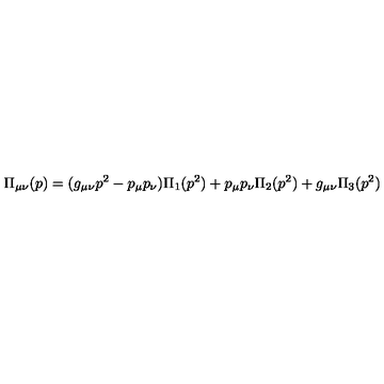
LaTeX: \Pi _ { \mu \nu } ( p ) = ( g _ { \mu \nu } p ^ { 2 } - p _ { \mu } p _ { \nu } ) \Pi _ { 1 } ( p ^ { 2 } ) + p _ { \mu } p _ { \nu } \Pi _ { 2 } ( p ^ { 2 } ) + g _ { \mu \nu } \Pi _ { 3 } ( p ^ { 2 } )